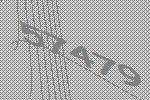
57479